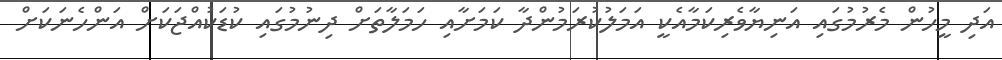
އަދި މީހުން މެރުމުގައި އަނިޔާވެރިކަމާއެކީ އަމަލުކުރަމުންދާ ކަމަށާއި ހަމަލާތަށް ދިނުމުގައި ކުޑަކުއްޖަކަށް އަންހެނަކަށް